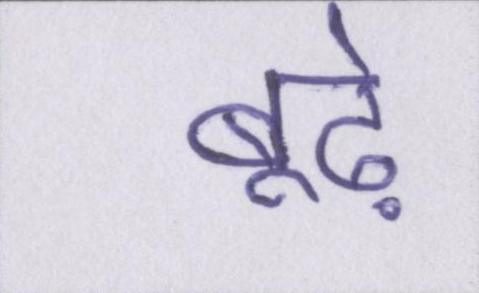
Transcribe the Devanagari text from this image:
बूढ़े